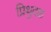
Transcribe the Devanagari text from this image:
प्रिथुदक